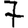
Digit: 7